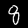
Digit: 8